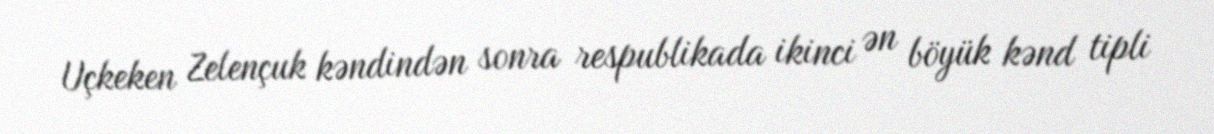
Uçkeken Zelençuk kəndindən sonra respublikada ikinci ən böyük kənd tipli